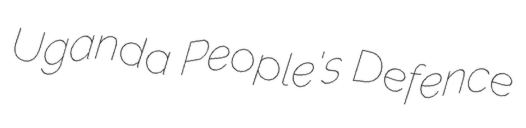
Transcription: Uganda People's Defence